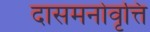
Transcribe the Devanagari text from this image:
दासमनोवृत्ति